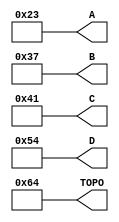
module referencia_trapezio (A,B,C,D, TOPO);
output [7:0] A, B, C,D, TOPO;

/* Primeira configuracao:
assign A = 8'd120; 
assign B = 8'd130; 
assign C = 8'd140; 
assign D = 8'd170;*/

/* Segunda configuracao:
assign A = 8'd5;
assign B = 8'd77;
assign C = 8'd153;
assign D = 8'd222;*/

//Terceira configuracao:
assign A = 8'd35;
assign B = 8'd55;
assign C = 8'd65;
assign D = 8'd84;

assign TOPO = 8'd100; //100 decimal

endmodule

/*============================================================================================================
 Este programa tem a finalidade de definir as variveis a, b, c e d:
               
		                                           _________ 
		                                          /         \
	                                            /           \
                                              /             \	
															/               \ 
		                                      a    b       c    d
===============================================================================================================*/